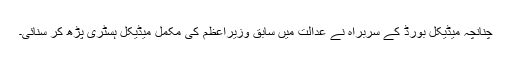
چنانچہ میڈیکل بورڈ کے سربراہ نے عدالت میں سابق وزیراعظم کی مکمل میڈیکل ہسٹری پڑھ کر سنائی۔